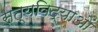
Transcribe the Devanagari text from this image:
सत्यविद्याओं